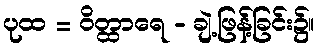
ပုထ = ဝိတ္ထာရေ - ချဲ့ဖြန့်ခြင်း၌။